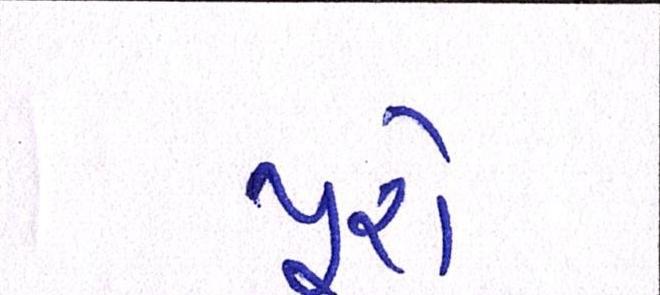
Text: પૂરો